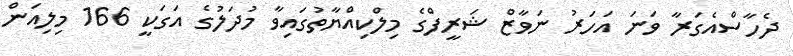
ދެހާސްއެގަރާ ވަނަ އަހަރު ނަވާޒް ޝަރީފްގެ މިލްކިއްޔާތުގައިވާ މުދަލުގެ އަގަކީ 166 މިލިއަން